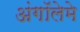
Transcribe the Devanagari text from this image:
अंगॉलेमे